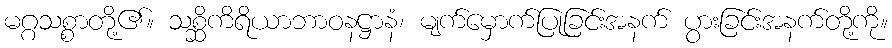
မဂ္ဂသစ္စာတို့၏။ သစ္ဆိကိရိယာဘာဝနဋ္ဌာနံ၊ မျက်မှောက်ပြုခြင်းအနက် ပွားခြင်းအနက်တို့ကို။